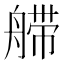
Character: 𰰏